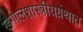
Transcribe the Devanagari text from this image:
खगोलशास्त्रीयग्रंथात